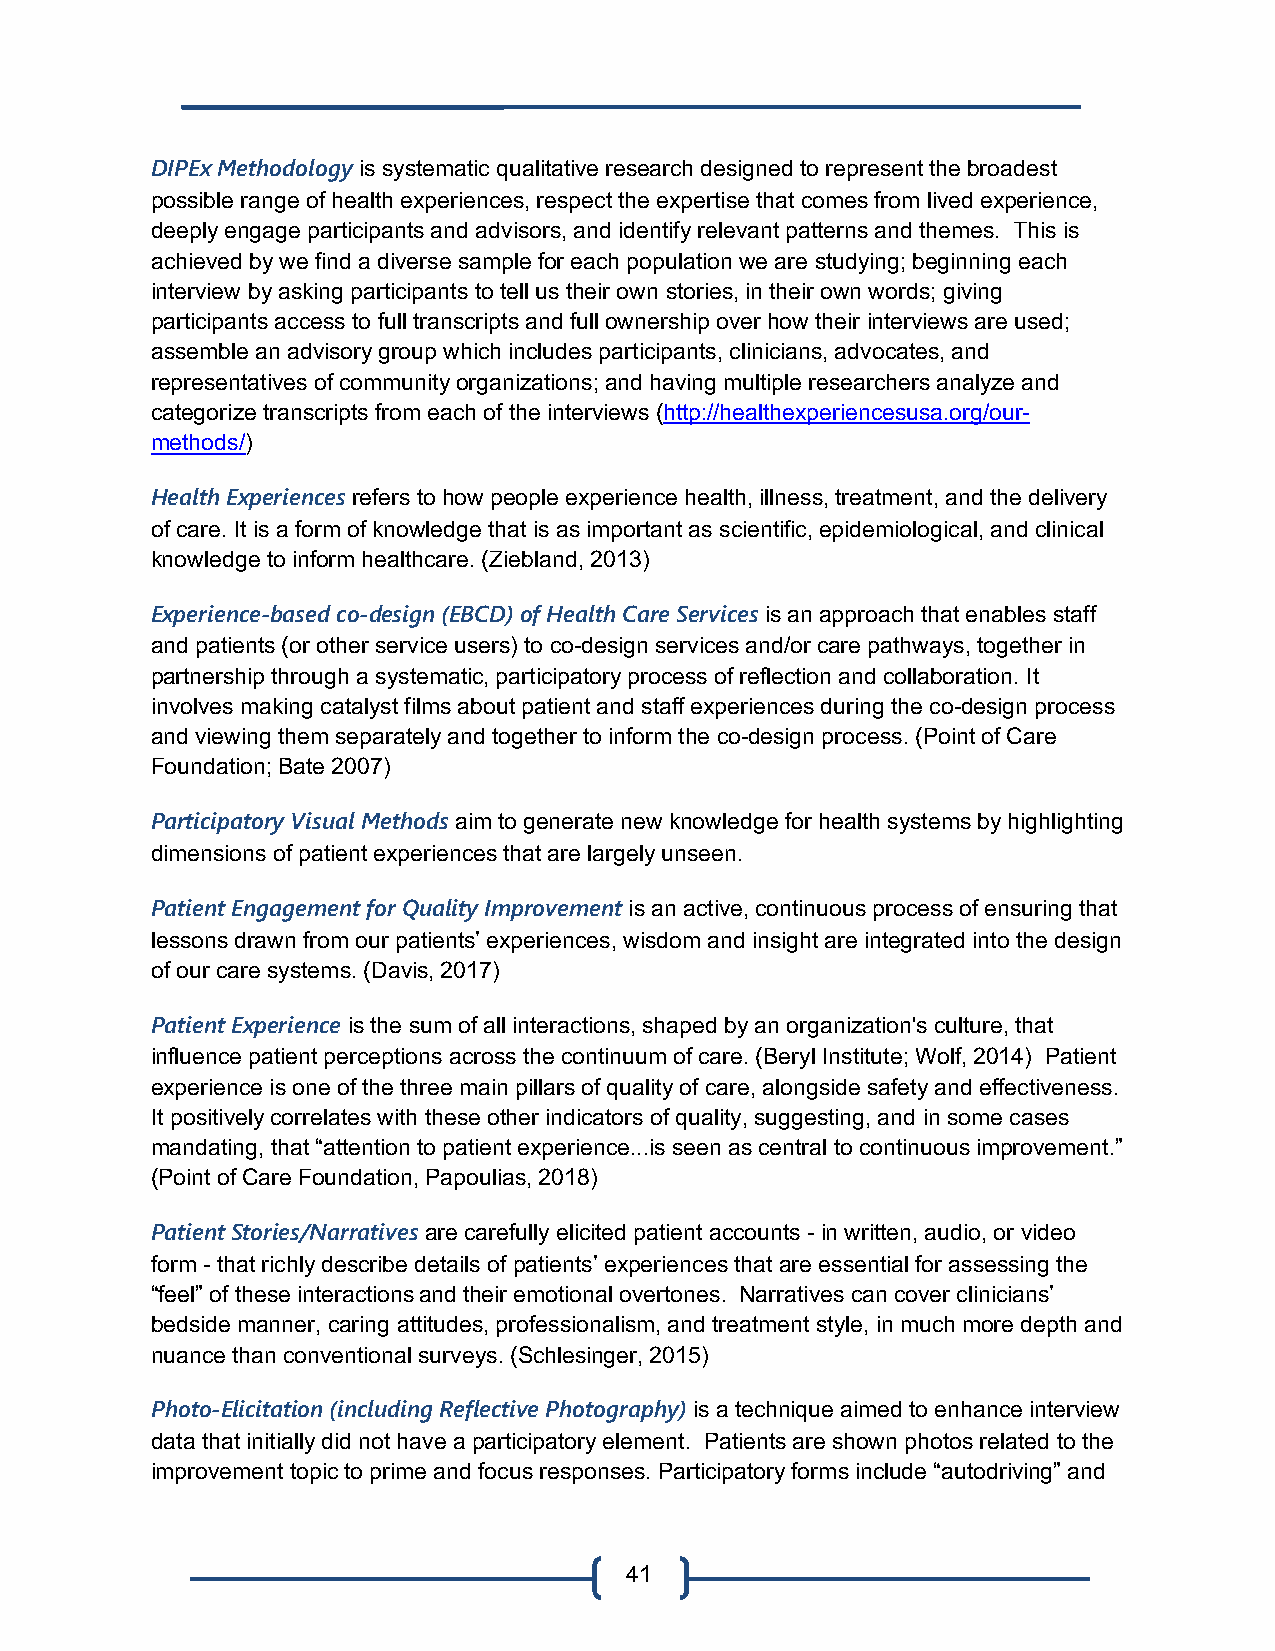
DIPEx Methodology is systematic qualitative research designed to represent the broadest
 possible range of health experiences, respect the expertise that comes from lived experience,
 deeply engage participants and advisors, and identify relevant patterns and themes. This is
 achieved by we find a diverse sample for each population we are studying; beginning each
 interview by asking participants to tell us their own stories, in their own words; giving
 participants access to full transcripts and full ownership over how their interviews are used;
 assemble an advisory group which includes participants, clinicians, advocates, and
 representatives of community organizations; and having multiple researchers analyze and
 categorize transcripts from each of the interviews (http://healthexperiencesusa.org/our-
 methods/)
 Health Experiences refers to how people experience health, illness, treatment, and the delivery
 of care. It is a form of knowledge that is as important as scientific, epidemiological, and clinical
 knowledge to inform healthcare. (Ziebland, 2013)
 Experience-based co-design (EBCD) of Health Care Services is an approach that enables staff
 and patients (or other service users) to co-design services and/or care pathways, together in
 partnership through a systematic, participatory process of reflection and collaboration. It
 involves making catalyst films about patient and staff experiences during the co-design process
 and viewing them separately and together to inform the co-design process. (Point of Care
 Foundation; Bate 2007)
 Participatory Visual Methods aim to generate new knowledge for health systems by highlighting
 dimensions of patient experiences that are largely unseen.
 Patient Engagement for Quality Improvement is an active, continuous process of ensuring that
 lessons drawn from our patients’ experiences, wisdom and insight are integrated into the design
 of our care systems. (Davis, 2017)
 Patient Experience is the sum of all interactions, shaped by an organization's culture, that
 influence patient perceptions across the continuum of care. (Beryl Institute; Wolf, 2014) Patient
 experience is one of the three main pillars of quality of care, alongside safety and effectiveness.
 It positively correlates with these other indicators of quality, suggesting, and in some cases
 mandating, that “attention to patient experience...is seen as central to continuous improvement.”
 (Point of Care Foundation, Papoulias, 2018)
 Patient Stories/Narratives are carefully elicited patient accounts - in written, audio, or video
 form - that richly describe details of patients’ experiences that are essential for assessing the
 “feel” of these interactions and their emotional overtones. Narratives can cover clinicians’
 bedside manner, caring attitudes, professionalism, and treatment style, in much more depth and
 nuance than conventional surveys. (Schlesinger, 2015)
 Photo-Elicitation (including Reflective Photography) is a technique aimed to enhance interview
 data that initially did not have a participatory element. Patients are shown photos related to the
 improvement topic to prime and focus responses. Participatory forms include “autodriving” and
 41